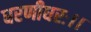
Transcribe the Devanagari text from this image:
धरणीधरः।।